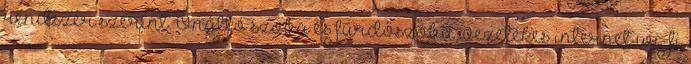
rendszer szerint. Önálló szoba és fürdőszoba, vezetékes internet wi-fi